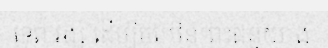
ទេព វង្ស ដើម្បីចម្រើនព្រះជន្មយាង